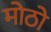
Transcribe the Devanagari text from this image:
मोठो